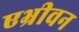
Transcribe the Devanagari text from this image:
एभ्रीवन